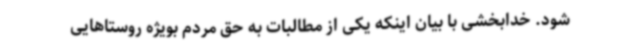
شود. خدابخشی با بیان اینکه یکی از مطالبات به حق مردم بویژه روستاهایی